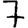
Digit: 7